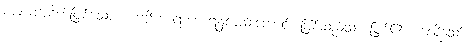
ကာယအစိတ်ဖြစ်သော ကဗဠီကာရာဟာရ၌လည်းကောင်း ဖြစ်သည်သာ ဖြစ်၏ ဟူလိုသော်။